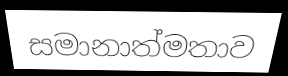
සමානාත්මතාව